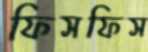
ফিসফিস